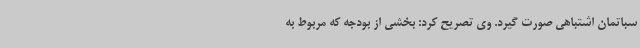
سباتمان اشتباهی صورت گیرد. وی تصریح کرد: بخشی از بودجه که مربوط به